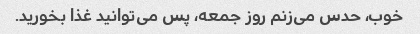
خوب، حدس می‌زنم روز جمعه، پس می‌توانید غذا بخورید.